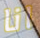
انا